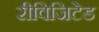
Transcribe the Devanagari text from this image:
रीविजिटेड